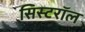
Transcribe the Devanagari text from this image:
सिस्टरॉल